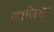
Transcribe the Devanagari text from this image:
जालिसा